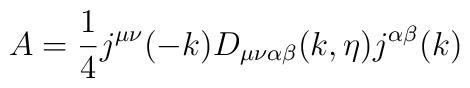
A = \frac{1}{4} j^{\mu\nu} (-k) D_{\mu\nu\alpha\beta} (k, \eta)  j^{\alpha\beta} (k)